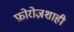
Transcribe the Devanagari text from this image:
फ़ोरोज़शाही